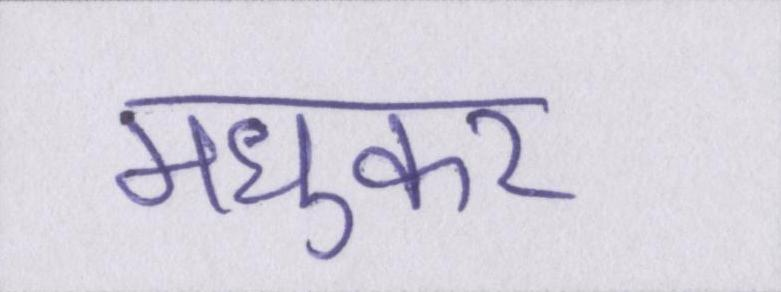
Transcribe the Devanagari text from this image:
मधुकर